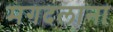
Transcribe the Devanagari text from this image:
मगदलाना